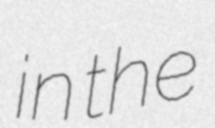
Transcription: in the